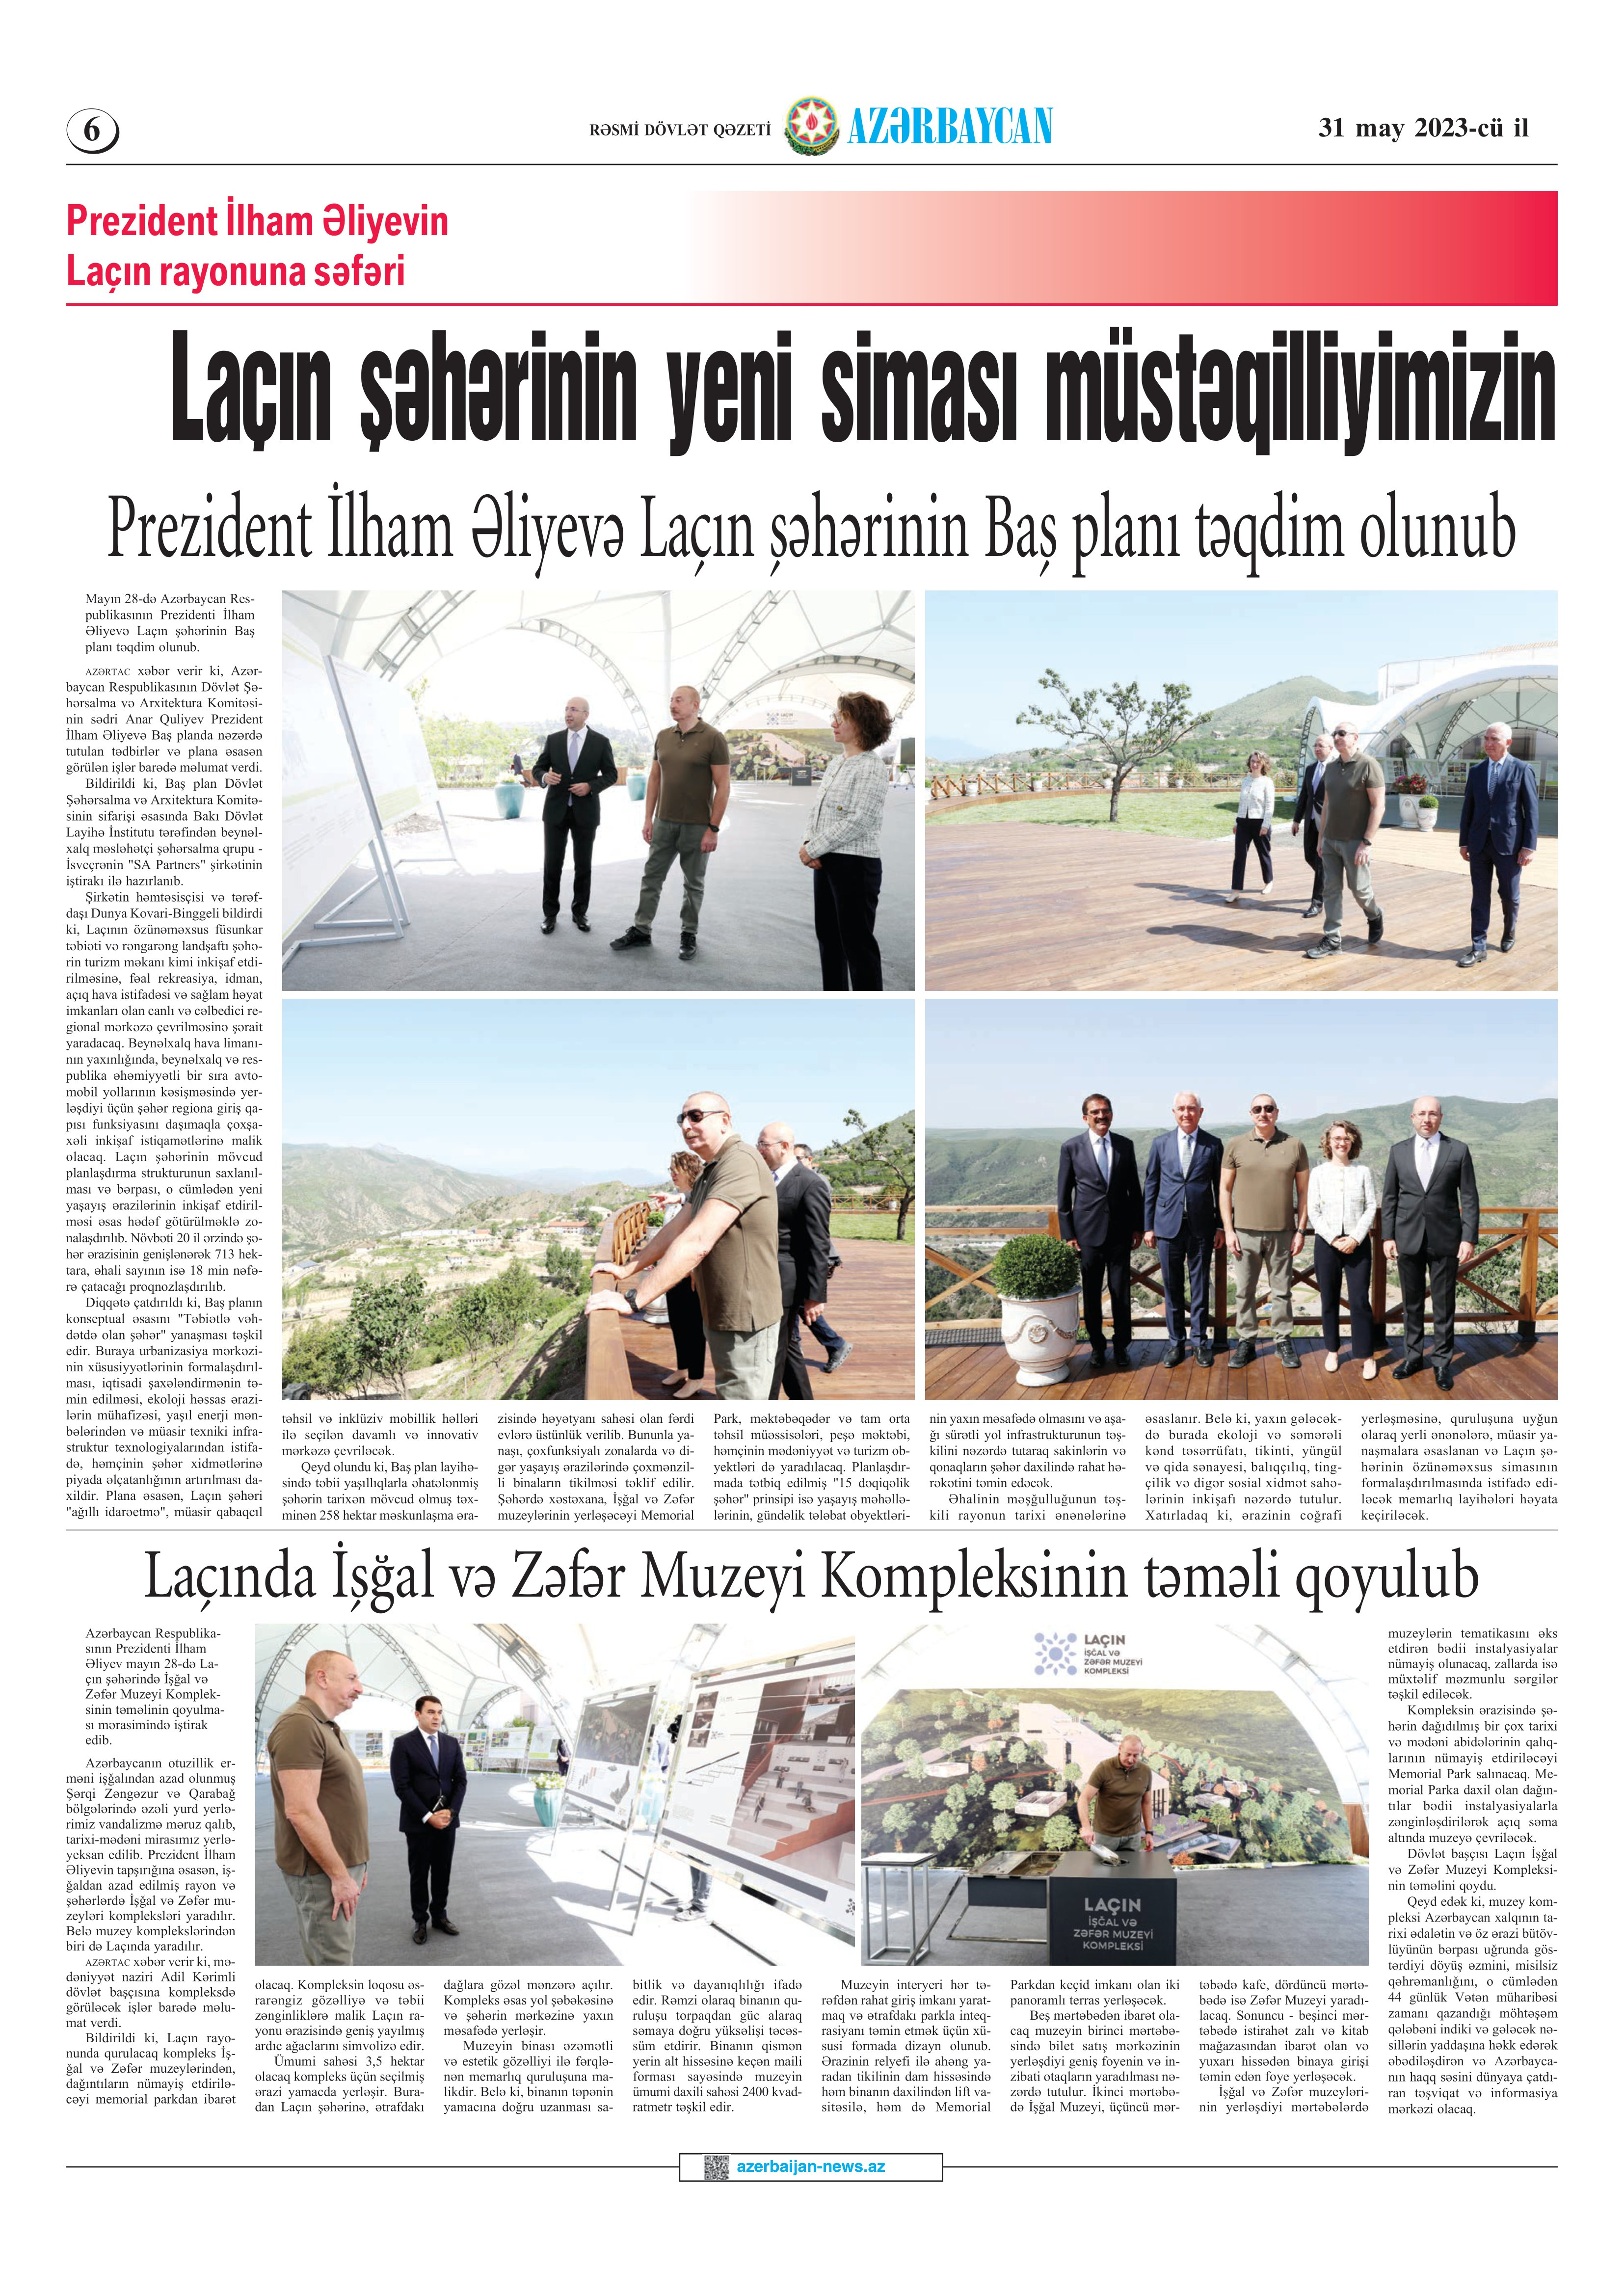
Language: az